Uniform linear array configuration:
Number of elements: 32
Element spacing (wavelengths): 0.25
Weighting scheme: uniform
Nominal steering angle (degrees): -60
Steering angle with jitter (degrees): -61.301
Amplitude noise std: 0.05
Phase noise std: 0.05

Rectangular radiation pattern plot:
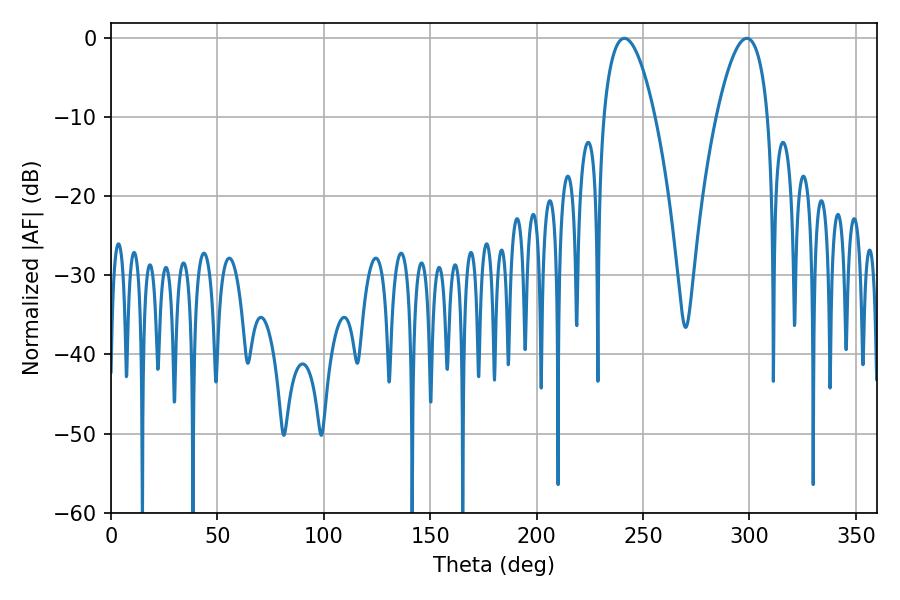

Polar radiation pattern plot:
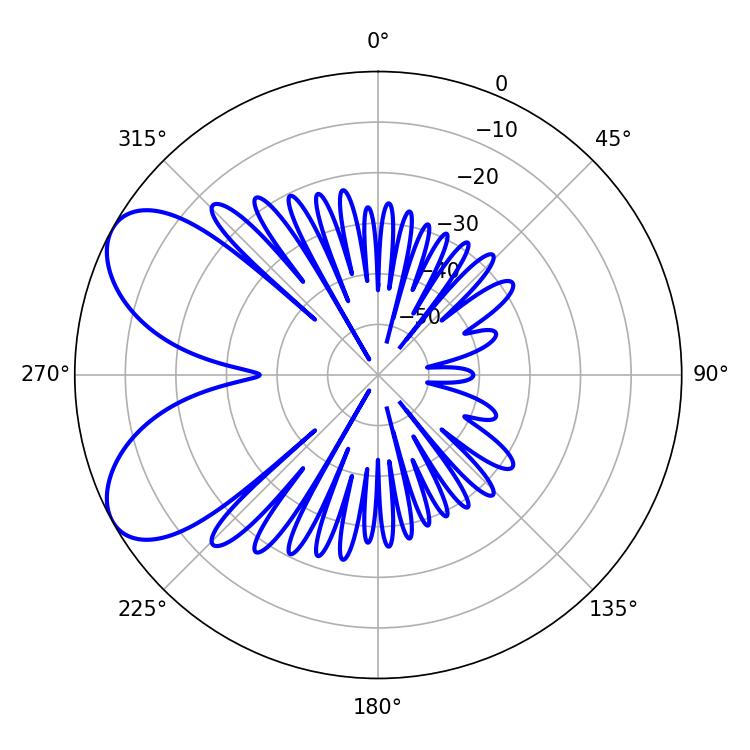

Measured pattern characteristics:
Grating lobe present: FALSE
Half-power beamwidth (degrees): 13.32
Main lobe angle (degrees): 241.2